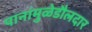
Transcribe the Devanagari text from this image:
पानांमुळेडौलदार